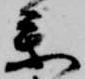
参